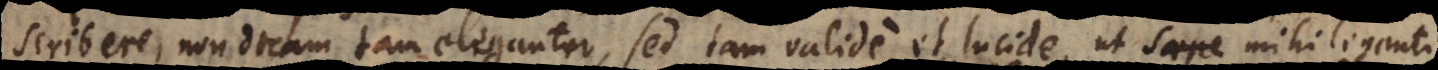
scribere, non dicam tam eleganter, sed tam valide et lucide, ut saepe mihi